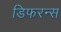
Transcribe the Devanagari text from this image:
डिफरन्स